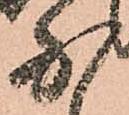
少